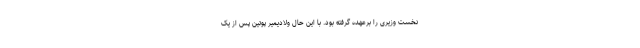
نخست وزیری را برعهده گرفته بود. با این حال ولادیمیر پوتین پس از یک